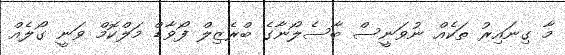
މާ ގިނައިރު ތަކެއް ނުވަނީސް ބާސެލޯނާގެ ބްރެޒިލް ފޯވާޑް މަލްކޮމް ވަނީ ގޯލެއް